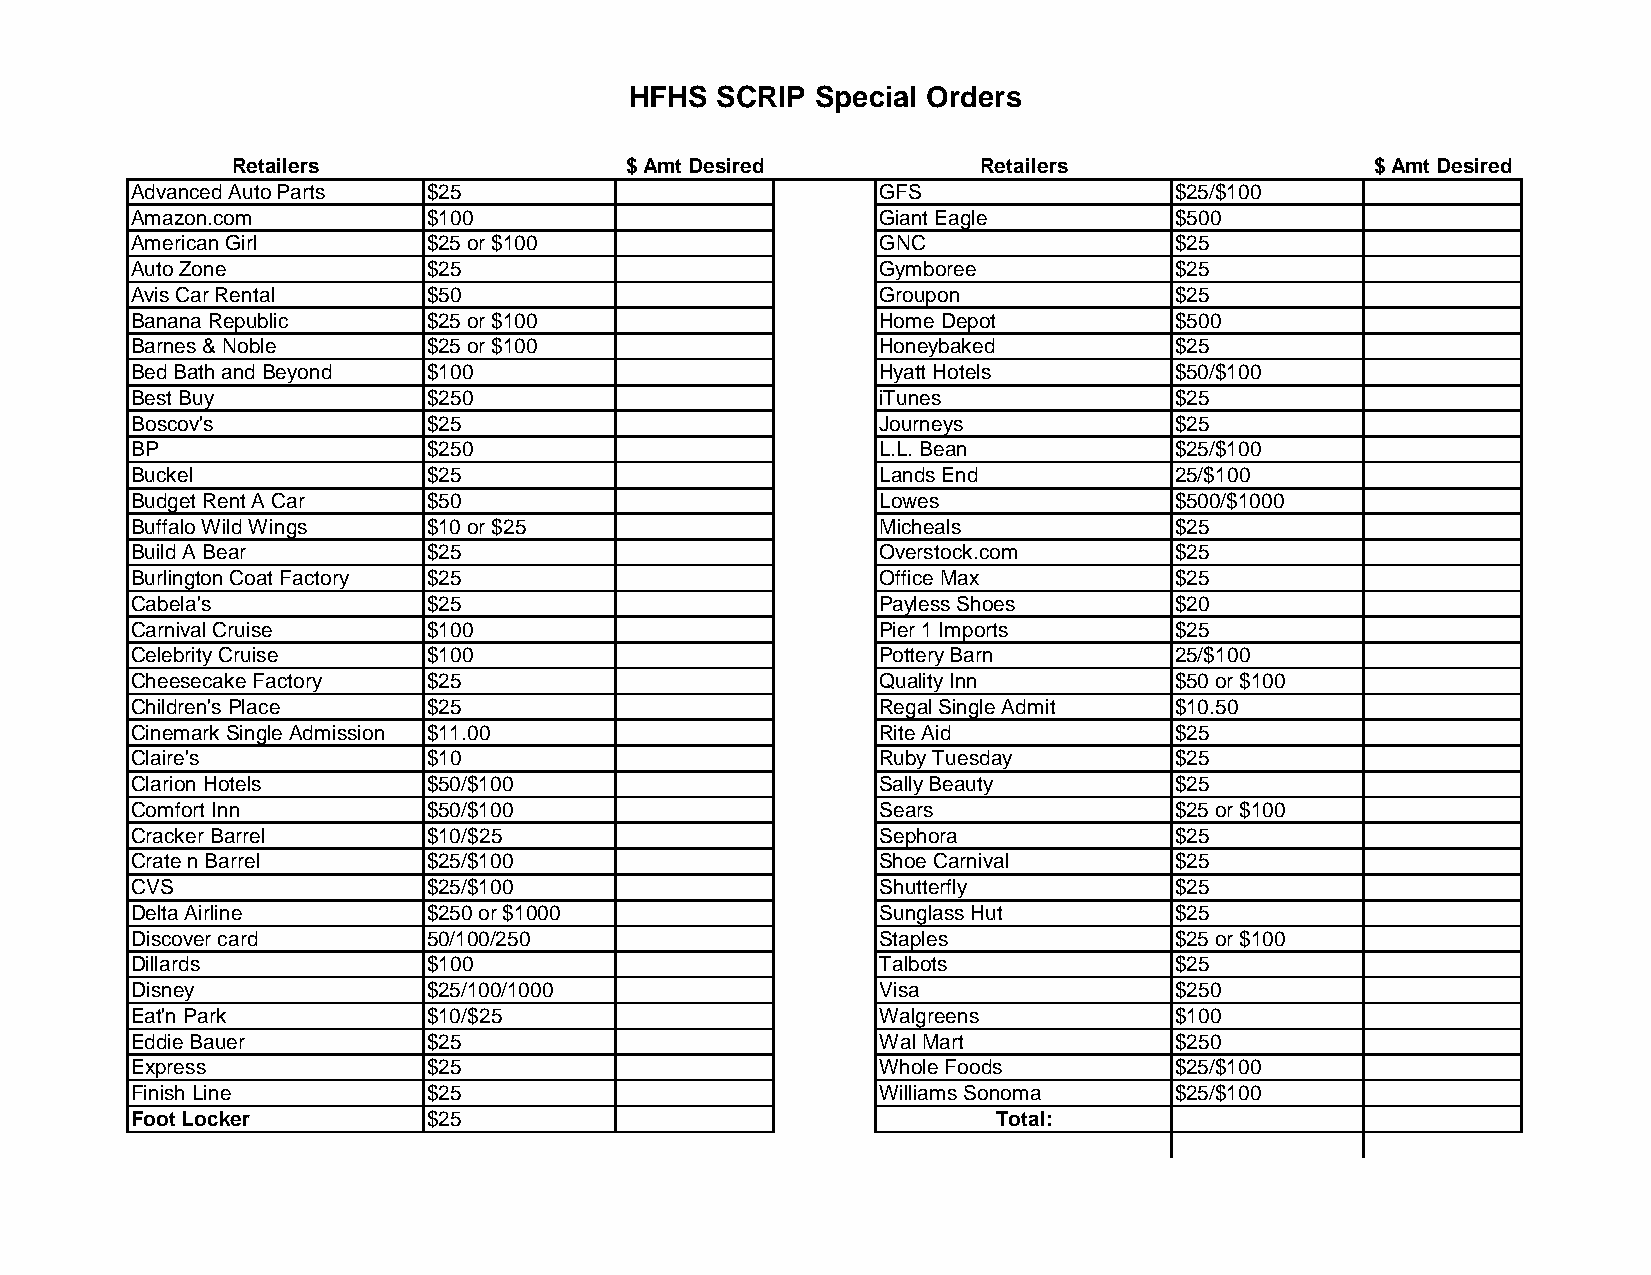
HFHS SCRIP  Special Orders
 Retailers                 $ Amt Desired           Retailers                 $ Amt Desired
 Advanced Auto Parts $25                          GFS                 $25/$100
 Amazon.com         $100                          Giant Eagle         $500
 American Girl      $25 or $100                   GNC                 $25
 Auto Zone          $25                           Gymboree            $25
 Avis Car Rental    $50                           Groupon             $25
 Banana Republic    $25 or $100                   Home Depot          $500
 Barnes & Noble     $25 or $100                   Honeybaked          $25
 Bed Bath and Beyond $100                         Hyatt Hotels        $50/$100
 Best Buy           $250                          iTunes              $25
 Boscov's           $25                           Journeys            $25
 BP                 $250                          L.L. Bean           $25/$100
 Buckel             $25                           Lands End           25/$100
 Budget Rent A Car  $50                           Lowes               $500/$1000
 Buffalo Wild Wings $10 or $25                    Micheals            $25
 Build A Bear       $25                           Overstock.com       $25
 Burlington Coat Factory $25                      Office Max          $25
 Cabela's           $25                           Payless Shoes       $20
 Carnival Cruise    $100                          Pier 1 Imports      $25
 Celebrity Cruise   $100                          Pottery Barn        25/$100
 Cheesecake Factory $25                           Quality Inn         $50 or $100
 Children's Place   $25                           Regal Single Admit  $10.50
 Cinemark Single Admission $11.00                 Rite Aid            $25
 Claire's           $10                           Ruby Tuesday        $25
 Clarion Hotels     $50/$100                      Sally Beauty        $25
 Comfort Inn        $50/$100                      Sears               $25 or $100
 Cracker Barrel     $10/$25                       Sephora             $25
 Crate n Barrel     $25/$100                      Shoe Carnival       $25
 CVS                $25/$100                      Shutterfly          $25
 Delta Airline      $250 or $1000                 Sunglass Hut        $25
 Discover card      50/100/250                    Staples             $25 or $100
 Dillards           $100                          Talbots             $25
 Disney             $25/100/1000                  Visa                $250
 Eat'n Park         $10/$25                       Walgreens           $100
 Eddie Bauer        $25                           Wal Mart            $250
 Express            $25                           Whole Foods         $25/$100
 Finish Line        $25                           Williams Sonoma     $25/$100
 Foot Locker        $25                                   Total: